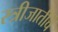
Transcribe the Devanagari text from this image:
स्त्रीजातीचे